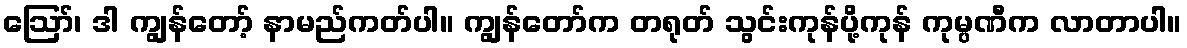
ဪ၊ ဒါ ကျွန်တော့် နာမည်ကတ်ပါ။ ကျွန်တော်က တရုတ် သွင်းကုန်ပို့ကုန် ကုမ္ပဏီက လာတာပါ။